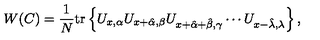
W ( C ) = \frac { 1 } { N } \mathrm { t r } \left\{ U _ { x , \alpha } U _ { x + \hat { \alpha } , \beta } U _ { x + \hat { \alpha } + \hat { \beta } , \gamma } \cdots U _ { x - \hat { \lambda } , \lambda } \right\} ,